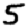
Digit: 5